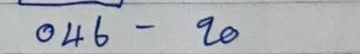
046 - 20